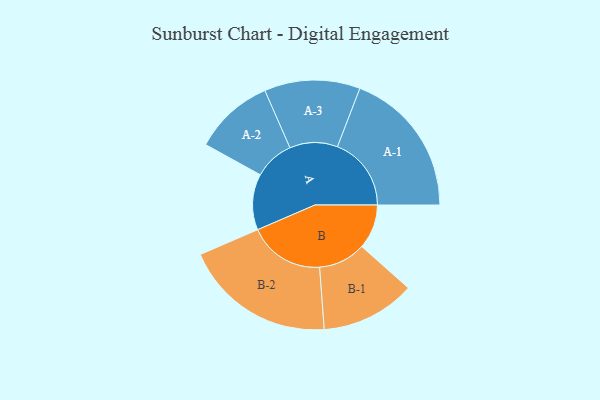
{"axis": {"x": "Segment", "y": "Value"}, "legend": ["", "A", "B"], "data": [{"x": "A", "y": 187, "type": ""}, {"x": "B", "y": 149, "type": ""}, {"x": "A-1", "y": 247, "type": "A"}, {"x": "A-2", "y": 134, "type": "A"}, {"x": "A-3", "y": 160, "type": "A"}, {"x": "B-1", "y": 158, "type": "B"}, {"x": "B-2", "y": 254, "type": "B"}]}